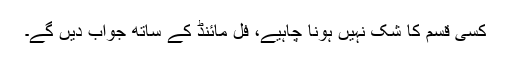
کسی قسم کا شک نہیں ہونا چاہیے، فل مائنڈ کے ساتھ جواب دیں گے۔